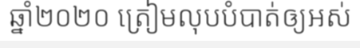
ឆ្នាំ២០២០ ត្រៀមលុបបំបាត់ឲ្យអស់